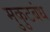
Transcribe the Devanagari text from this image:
मुकुटबंध